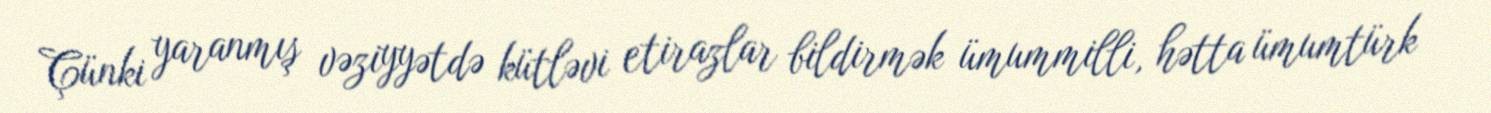
Çünki yaranmış vəziyyətdə kütləvi etirazlar bildirmək ümummilli, hətta ümumtürk